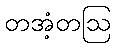
တအံ့တဩ